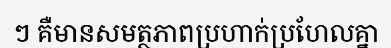
ៗ គឺមានសមត្ថភាពប្រហាក់ប្រហែលគ្នា